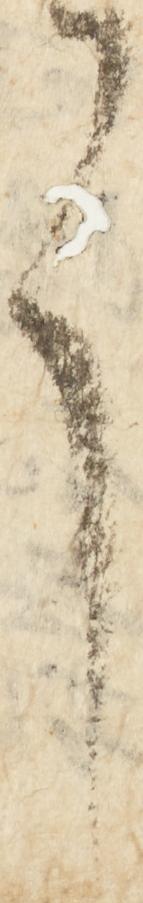
言